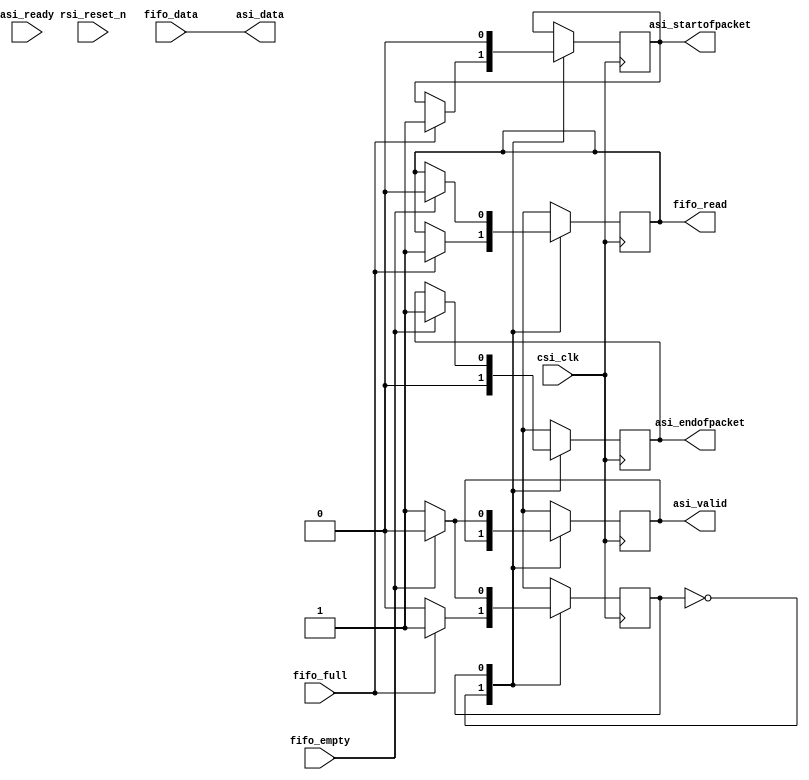
module ethFifo(
// QSYS interface
	input csi_clk,
	input rsi_reset_n,
	//Avalon ST interface
	input asi_ready,
	output reg asi_valid,
	output	 [63:0] asi_data,
	output asi_startofpacket,
	output asi_endofpacket,
	//Peripheral Interface
	input [63:0] fifo_data,
	output reg fifo_read,
	input wire fifo_empty,
	input wire fifo_full
	);
	reg send_flag = 1'b0;
	reg FSM = 1'b0;
	reg sop = 1'b0;
	reg eop = 1'b0;
	assign asi_startofpacket = sop;
	assign asi_endofpacket = eop;
	assign asi_data = fifo_data; //connecting avalon to fifo
	always @(posedge csi_clk)
		begin	
			case(FSM)
				1'b0:
				begin
					if(fifo_full)
					begin
						fifo_read = 1'b1;
						sop <= 1'b1;
						FSM = 1'b1;
						
					end
					eop = 1'b0;
				end
				1'b1:
				begin
					sop <= 1'b0;
					asi_valid = 1'b1;
					if(fifo_empty)
					begin
						fifo_read <= 1'b0;
						asi_valid <= 1'b0;
						eop = 1'b1;
						FSM = 1'b0;
					end
				end
			endcase		
		end
endmodule